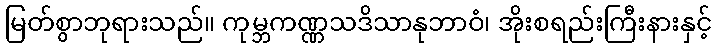
မြတ်စွာဘုရားသည်။ ကုမ္ဘကဏ္ဏသဒိသာနုဘာဝံ၊ အိုးစရည်းကြီးနားနှင့်